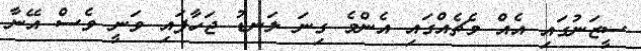
ސީޒަނުގައި އެއް މެޗެއްގައި އެންމެ ގިނަ ލަނޑު ޖަހާފައި ވަނީ ވެސް އޭނާ